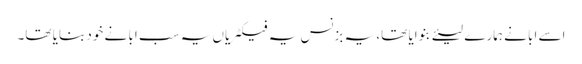
اسے ابا نے ہمارے لیئے بنوایا تھا، یہ بزنس یہ فیکٹریاں یہ سب ابا نے خود بنایا تھا۔